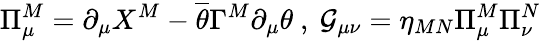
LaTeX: \Pi_{\mu}^{M}=\partial_{\mu}X^{M}-\overline{{{\theta}}}\Gamma^{M}\partial_{\mu}\theta\ ,\ \mathcal{G}_{\mu\nu}=\eta_{MN}\Pi_{\mu}^{M}\Pi_{\nu}^{N}